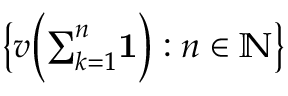
{ \big \{ } v { \Big ( } { \textstyle \sum _ { k = 1 } ^ { n } } \mathbf { 1 } { \Big ) } : n \in \mathbb { N } { \big \} }